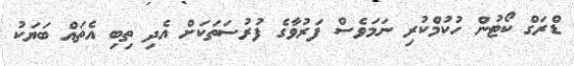
ޑްރަގް ކޯޓުން ހުކުމްކުރި ނަމަވެސް ފަރުވާގެ ފުރުސަތަކަށް އެދި ތިބި އެތައް ބަޔަކު